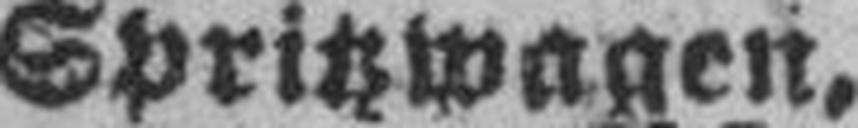
Spritzwagen,